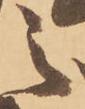
之